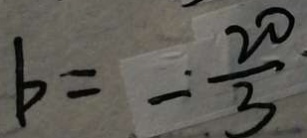
b = - \frac { 2 0 } { 3 }